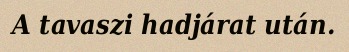
A tavaszi hadjárat után.